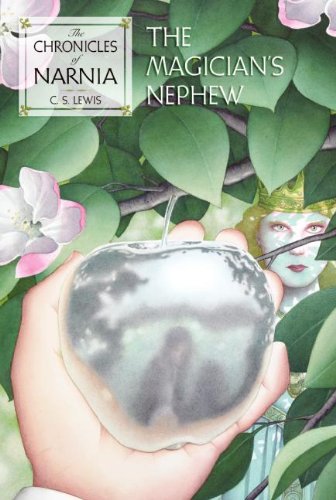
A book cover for The Magician's Nephew (The Chronicles of Narnia); C. S. Lewis; Children's Books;